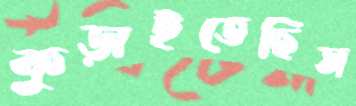
কুড়াইতেছিস